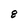
Character: 8